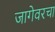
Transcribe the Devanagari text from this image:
जागेवरचा